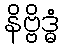
နိဗ္ဗိဒ္ဓံ